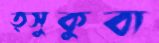
ত্সুকুবা